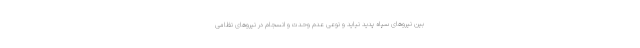
بین نیروهای سپاه پدید نیاید و نوعی عدم وحدت و انسجام در نیروهای نظامی